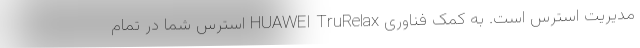
مدیریت استرس است. به کمک فناوری HUAWEI TruRelax استرس شما در تمام